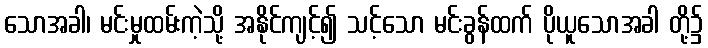
သောအခါ၊ မင်းမှုထမ်းကဲ့သို့ အနိုင်ကျင့်၍ သင့်သော မင်းခွန်ထက် ပိုယူသောအခါ တို့၌